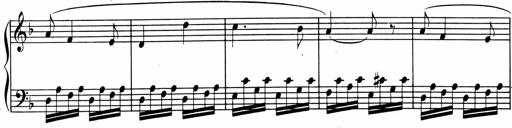
Title: 1Ã¨re Sonatine
Composer: FrÃ©dÃ©ric Binet